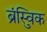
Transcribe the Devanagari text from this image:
ब्रुंस्विक